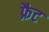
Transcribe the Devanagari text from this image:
फ्रैट